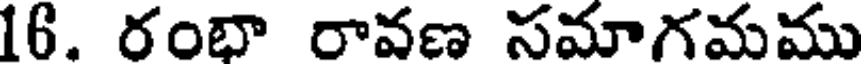
16. రంభా రావణ సమాగమము